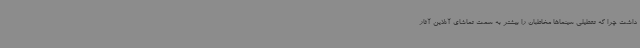
داشت چرا که تعطیلی سینماها مخاطبان را بیشتر به سمت تماشای آنلاین آثار